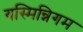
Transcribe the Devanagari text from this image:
यस्मिन्निगम